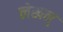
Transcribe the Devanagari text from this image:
लेखन्